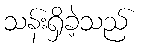
သန်းရှိခဲ့သည်